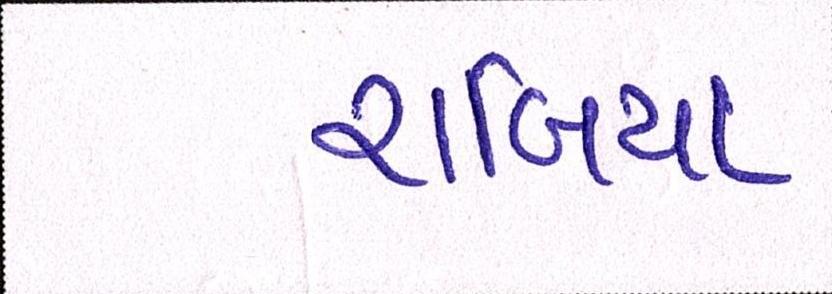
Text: રાબિયા